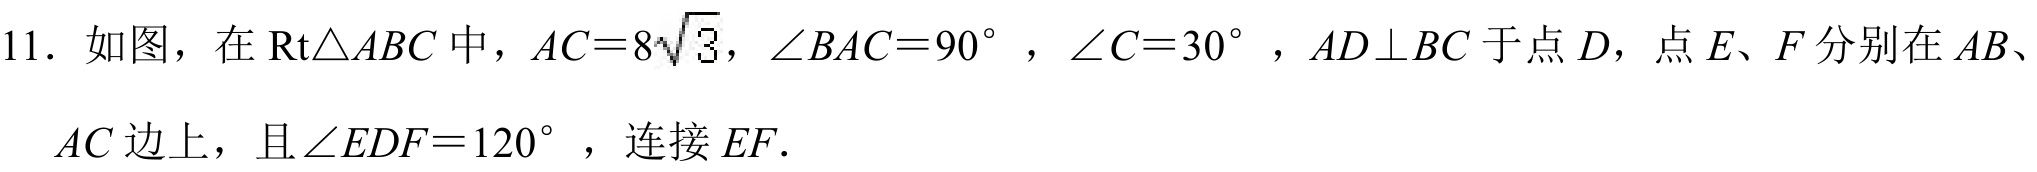
11. 如图，在$\text{Rt}\triangle ABC$中，$AC = 8\sqrt{3}$，$\angle BAC = 90^{\circ}$，$\angle C = 30^{\circ}$，$AD\perp BC$于点$D$，点$E、F$分别在$AB、$
$AC$边上，且$\angle EDF = 120^{\circ}$，连接$EF.$